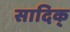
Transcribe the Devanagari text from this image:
सादिक्